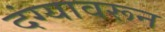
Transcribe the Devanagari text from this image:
दंग्यावरून